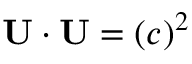
\mathbf { U } \cdot \mathbf { U } = ( c ) ^ { 2 }